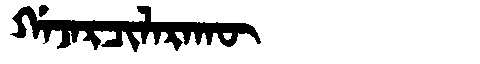
Manchu: ᡤᠠᠵᠠᡵᠴᡳᠯᠠᡵᠠᡴᡡ
Romanization: GAJARCILARAKŪ